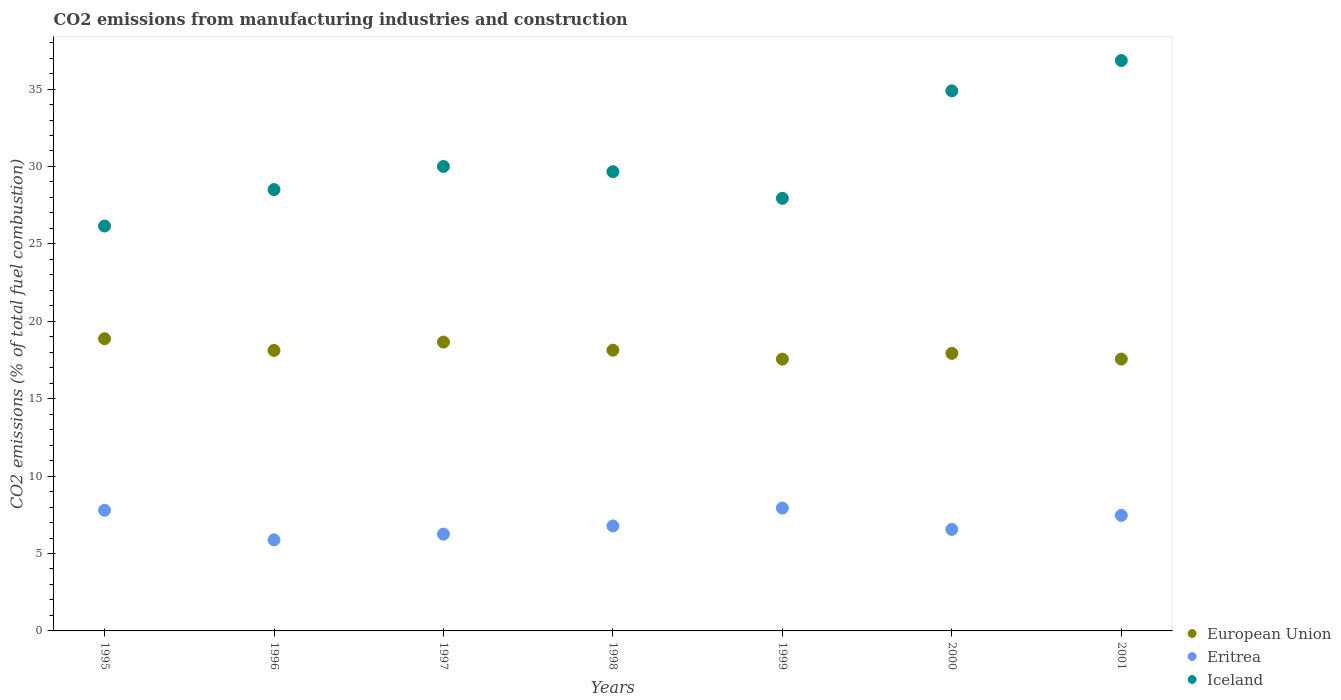
| Years | European Union | Eritrea | Iceland |
 | --- | --- | --- | --- |
 | 1995 | 18.9 | 7.79 | 26.2 |
 | 1996 | 18.1 | 5.88 | 28.5 |
 | 1997 | 18.7 | 6.25 | 30 |
 | 1998 | 18.1 | 6.78 | 29.7 |
 | 1999 | 17.6 | 7.94 | 27.9 |
 | 2000 | 17.9 | 6.56 | 34.9 |
 | 2001 | 17.6 | 7.46 | 36.8 |